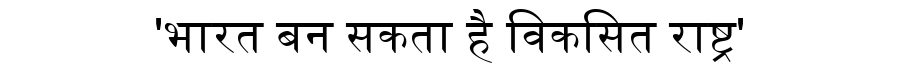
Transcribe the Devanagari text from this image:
'भारत बन सकता है विकसित राष्ट्र'